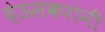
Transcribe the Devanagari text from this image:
देऊसकरांनी